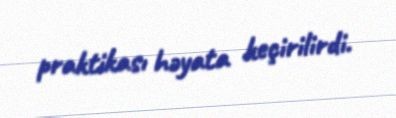
praktikası həyata keçirilirdi.